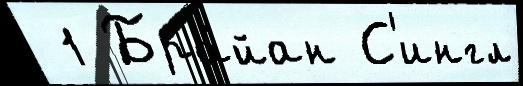
 1 Бра́йан С'ингл